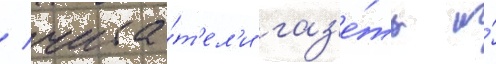
/ чита́т'ел'и газ'е́ты и́